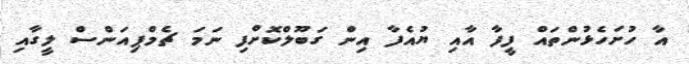
އާ ހުށަހެޅުންތައް ފީފާ އާއި ޔުއެފާ އިން ގަބޫލްކޮށްފި ނަމަ ޗެމްޕިއަންސް ލީގާއި